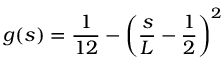
g ( s ) = \frac { 1 } { 1 2 } - \left( \frac { s } { L } - \frac { 1 } { 2 } \right) ^ { 2 }